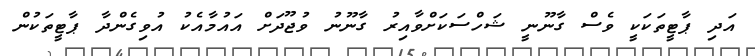
އަދި ޕާޓީތަކަކީ ވެސް ގާނޫނީ ޝަހްސަކަށްވާއިރު ގާނޫނު ވުޖޫދަށް އައުމާއެކު އުވިގެންދާ ޕާޓީތަކުން